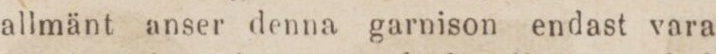
allmänt anser denna garnison endast vara